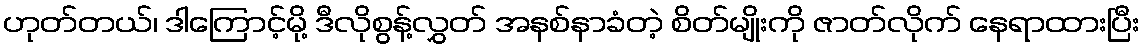
ဟုတ်တယ်၊ ဒါကြောင့်မို့ ဒီလိုစွန့်လွှတ် အနစ်နာခံတဲ့ စိတ်မျိုးကို ဇာတ်လိုက် နေရာထားပြီး